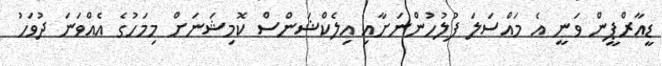
ޑީއާރްޕީން ވަނީ އެ މައްސަލަ ފުލުހުންނަށާއި އިލެކްޝަންސް ކޮމިޝަނަށް މިމަހުގެ އެއްވަނަ ދުވަހު